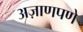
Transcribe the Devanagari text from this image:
अज़ाणपणे